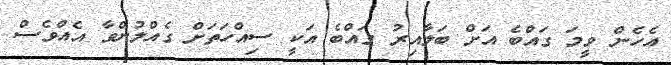
އެހެން ވީމަ ގައްބެ އަށް ބަލާއިރު ގައްބެ އަކީ ސިއްހަތަށް ގެއްލުންވާ އެއްވެސް